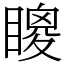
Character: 𥊙